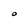
Character: O